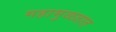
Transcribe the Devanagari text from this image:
महामुळतात